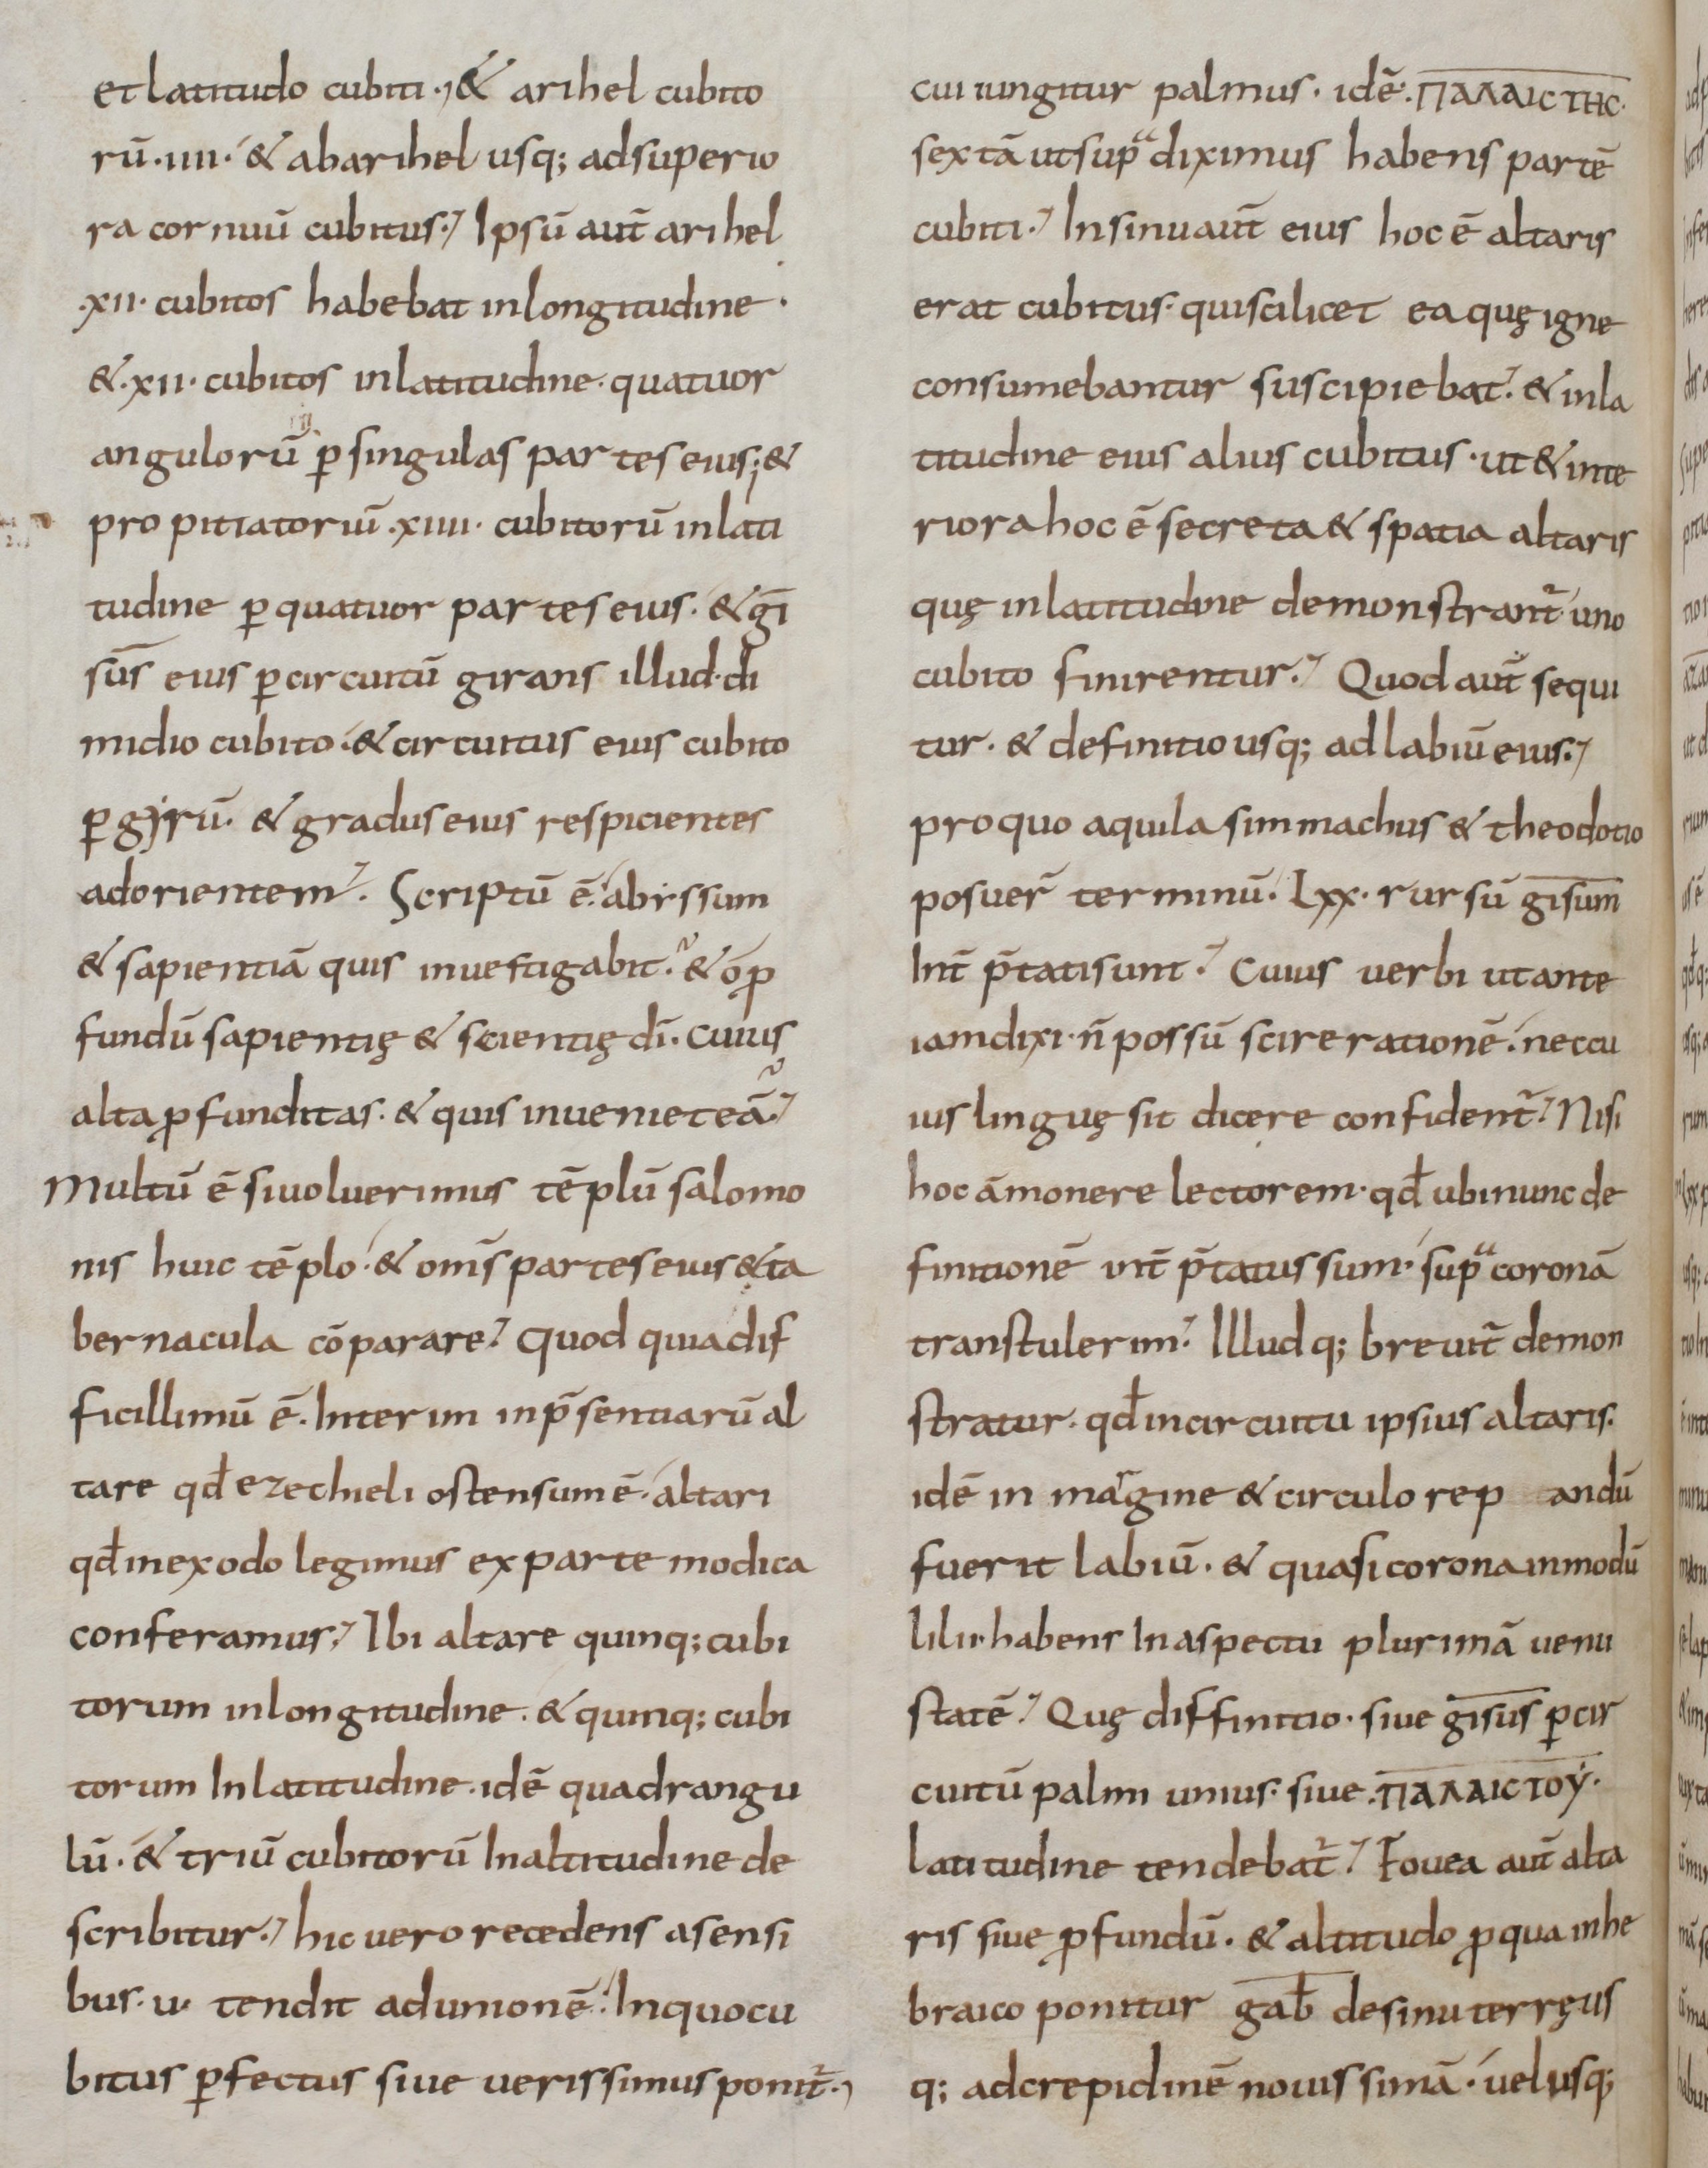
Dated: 800–899